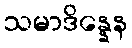
သမာဒိန္နေန